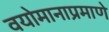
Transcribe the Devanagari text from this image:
वयोमानाप्रमाणे